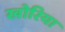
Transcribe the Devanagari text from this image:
खोरिया